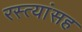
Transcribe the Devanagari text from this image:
रस्त्यांसह